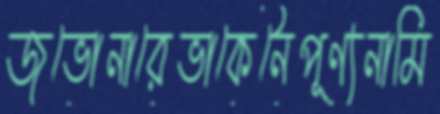
জভোনারেভাকেনৈপূণ্যনামি